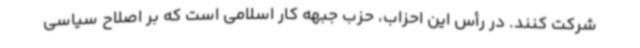
شرکت کنند. در رأس این احزاب، حزب جبهه کار اسلامی است که بر اصلاح سیاسی